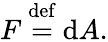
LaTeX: F\ {\stackrel{\mathrm{def}}{=}}\ \mathrm{d}A.